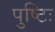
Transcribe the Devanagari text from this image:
पुष्टिः